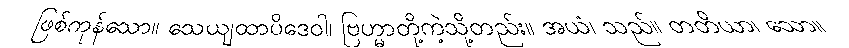
ဖြစ်ကုန်သော။ သေယျထာပိဒေဝါ၊ ဗြဟ္မာတို့ကဲ့သို့တည်း။ အယံ၊ သည်။ တတိယာ၊ သော။